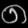
Digit: ၈